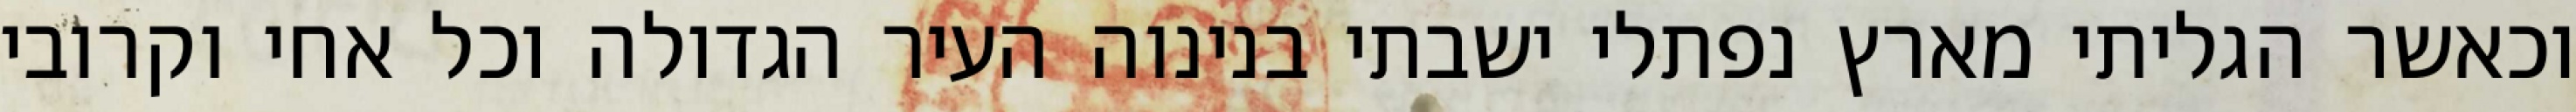
וכאשר הגליתי מארץ נפתלי ישבתי בנינוה העיר הגדולה וכל אחי וקרובי